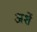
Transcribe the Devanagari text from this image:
अर्शे